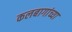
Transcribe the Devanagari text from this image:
कलबागांच्या